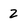
Character: 2